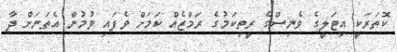
ކޮތަރަކީ އިޓަލީގެ ވެނިސްގެ ރީތިކަމުގެ ރަމްޒެއް ކަމަށް ވެފައި ވުމުން އެތަނަށް ދާ